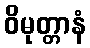
ဝိမုတ္တာနံ